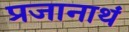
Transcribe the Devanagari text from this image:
प्रजानाथं